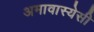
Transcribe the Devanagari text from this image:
अमावास्येसी